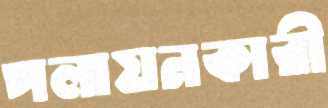
পলায়নকারী